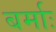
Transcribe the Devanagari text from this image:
बर्माः